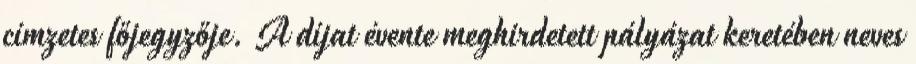
címzetes főjegyzője. A díjat évente meghirdetett pályázat keretében neves